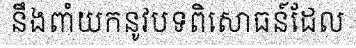
នឹងពាំយកនូវបទពិសោធន៍ដែល